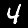
Label: 4